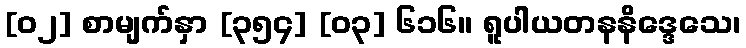
[၀၂] စာမျက်နှာ [၃၅၄] [၀၃] ၆၁၆။ ရူပါယတနနိဒ္ဒေသေ၊